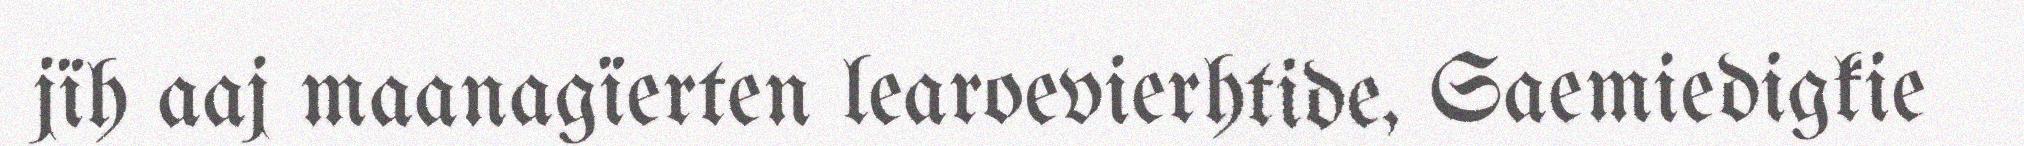
jïh aaj maanagïerten learoevierhtide, Saemiedigkie